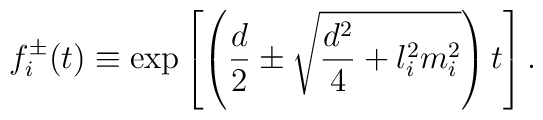
f_i^{\pm}(t) \equiv   \exp\left[\left({d\over 2}\pm\sqrt{{d^2\over 4}+l_i^2m_i^2}\right)t  \right].